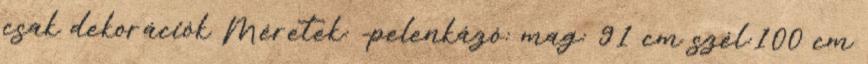
csak dekorációk Méretek: -pelenkázó: mag: 91 cm szél:100 cm